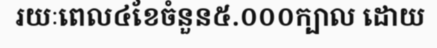
រយៈពេល៤ខែចំនួន៥.០០០ក្បាល ដោយ